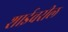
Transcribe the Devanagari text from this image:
शाईवरील